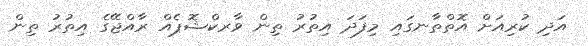
އަދި ކުރިއަށް އޮތްތާނގައި މިފަދަ އިތުރު ތިން ވާރކްޝޮޕެއް ރާއްޖޭގެ އިތުރު ތިން